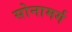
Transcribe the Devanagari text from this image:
सोनामर्ग